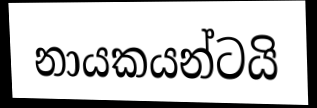
නායකයන්ටයි